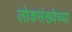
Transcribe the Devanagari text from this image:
लोकसंख्‍येच्‍या